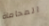
المحاماة